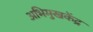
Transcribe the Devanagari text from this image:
अभिमुखकेंद्र